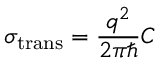
\sigma _ { \mathrm { { t r a n s } } } = \frac { q ^ { 2 } } { 2 \pi \hbar } C